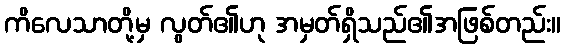
ကိလေသာတို့မှ လွတ်၏ဟု အမှတ်ရှိသည်၏အဖြစ်တည်း။